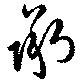
承